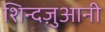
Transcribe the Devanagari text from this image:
शिन्दज़ुआनी